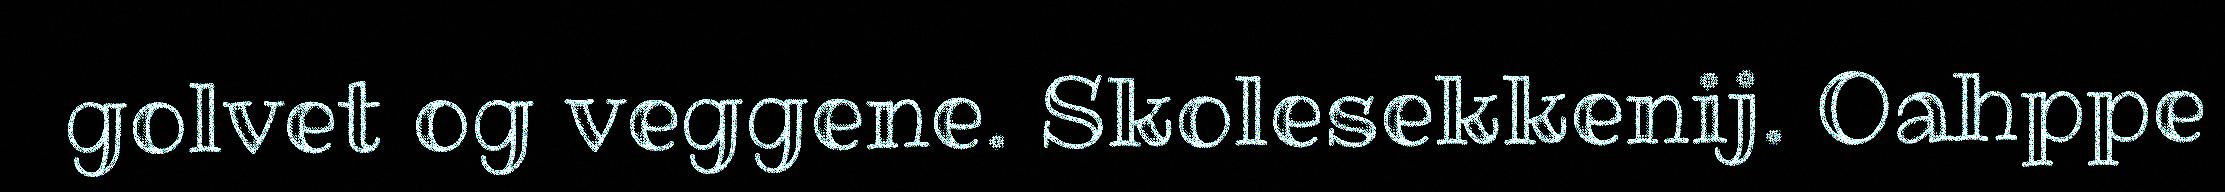
golvet og veggene. Skolesekkenij. Oahppe